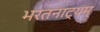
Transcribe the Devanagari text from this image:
भरतनाट्यम्‌